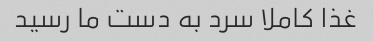
غذا کاملا سرد به دست ما رسید